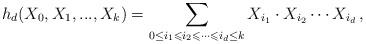
LaTeX: \begin{align*}h_{d}(X_0, X_1, ..., X_k) \overset{}{=} \sum \limits_{0 \le i_1 \leqslant i_2 \leqslant \cdots \leqslant i_d \le k} X_{i_1} \cdot X_{i_2} \cdots X_{i_d} \,,\end{align*}